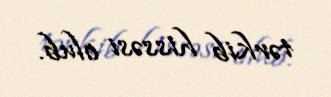
tərkib hissəsi olub.